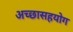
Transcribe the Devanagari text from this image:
अच्छासहयोग